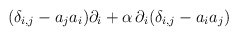
\begin{align*}(\delta_{i,j} - a_ja_i)\partial_i+{\alpha}\, \partial_i(\delta_{i,j}-a_ia_j)\end{align*}